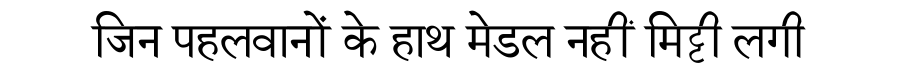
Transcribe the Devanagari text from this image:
जिन पहलवानों के हाथ मेडल नहीं मिट्टी लगी